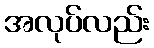
အလုပ်လည်း